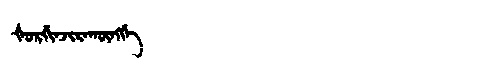
Manchu: ᡧᠣᡵᡤᡳᠨᠵᡳᡵᠠᡴᡡᠩᡤᡝ
Romanization: ŠORGINJIRAKŪNGGE